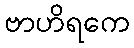
ဗာဟိရကေ